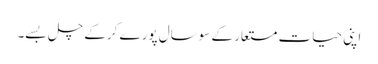
اپنی حیاتِ مستعار کے سوسال پورے کرکے چل بسے۔